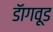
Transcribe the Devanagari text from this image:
डॅागवूड